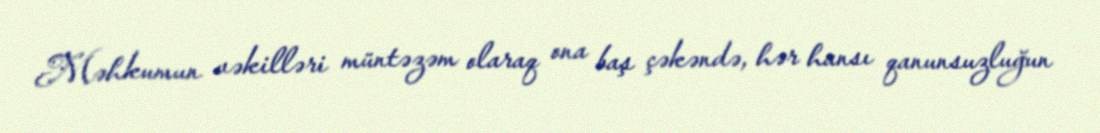
Məhkumun vəkilləri müntəzəm olaraq ona baş çəkəndə, hər hansı qanunsuzluğun